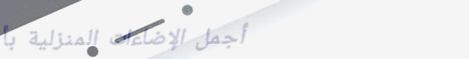
أجمل الإضاءات المنزلية بأ